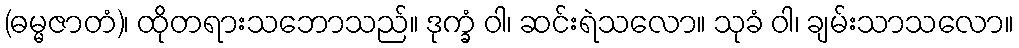
(ဓမ္မဇာတံ)၊ ထိုတရားသဘောသည်။ ဒုက္ခံ ဝါ၊ ဆင်းရဲသလော။ သုခံ ဝါ၊ ချမ်းသာသလော။